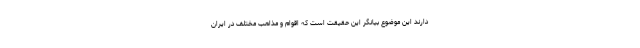
دارند این موضوع بیانگر این حقیقت است که اقوام و مذاهب مختلف در ایران